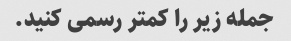
جمله زیر را کمتر رسمی کنید.